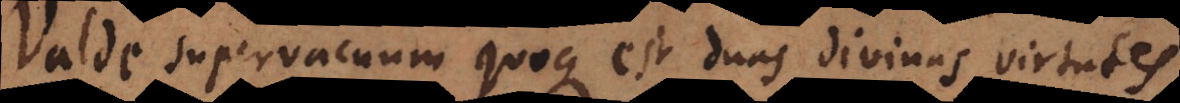
Valde supervacuum quoque est duas divinas virtutes